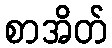
စာအိတ်